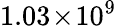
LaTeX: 1.03\! \times\! 10^{9}